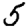
Digit: 5